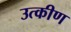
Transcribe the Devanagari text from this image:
उत्कीण